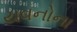
યવનોના